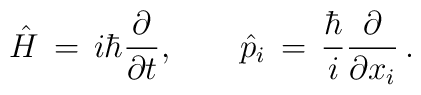
\hat H\,= \, i\hbar {\partial\over \partial t},\qquad \hat{p}_{i}\,= \,{\hbar\over i}{\partial\over \partial x_i} \, .